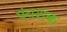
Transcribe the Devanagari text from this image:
पंचशक